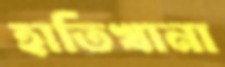
হাতিখানা